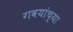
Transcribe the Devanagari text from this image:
गवयांच्या